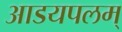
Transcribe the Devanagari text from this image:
आडयपलम्‌